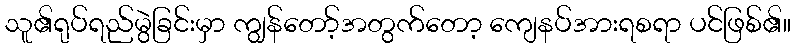
သူ၏ရုပ်ရည်မွဲခြင်းမှာ ကျွန်တော့်အတွက်တော့ ကျေနပ်အားရစရာ ပင်ဖြစ်၏။